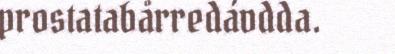
prostatabårredávdda.